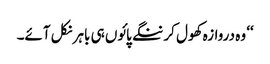
‘‘ وہ دروازہ کھول کر ننگے پائوں ہی باہر نکل آئے۔